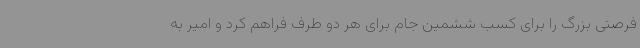
فرصتی بزرگ را برای کسب ششمین جام برای هر دو طرف فراهم کرد و امیر به